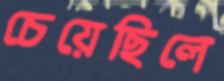
চেয়েছিলে